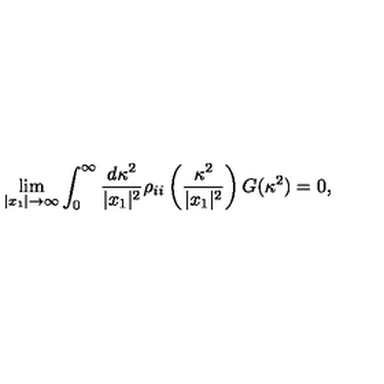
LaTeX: \lim _ { | x _ { 1 } | \rightarrow \infty } \int _ { 0 } ^ { \infty } \frac { d \kappa ^ { 2 } } { | x _ { 1 } | ^ { 2 } } \rho _ { i i } \left( \frac { \kappa ^ { 2 } } { | x _ { 1 } | ^ { 2 } } \right) G ( \kappa ^ { 2 } ) = 0 ,